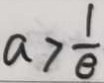
a > \frac { 1 } { e }